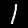
Digit: 1